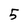
Character: 5